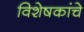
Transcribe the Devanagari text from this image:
विशेषकांचे